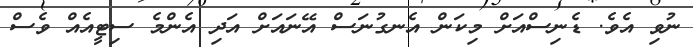
ނުވި އެވެ. ޑެނިސްއަށް މިކަން އެނގުނަސް އޭނައަށް އަދި އެންމެ ސިޓީއެއް ވެސް